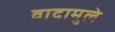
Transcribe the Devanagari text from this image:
वादामुले